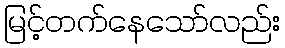
မြင့်တက်နေသော်လည်း